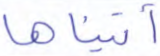
آتيناها